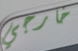
خارجي